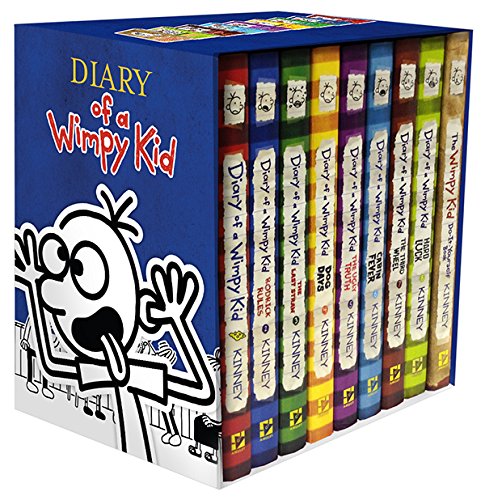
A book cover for Diary of a Wimpy Kid Box of Books 1-8 + The Do-It-Yourself Book; Jeff Kinney; Teen & Young Adult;